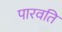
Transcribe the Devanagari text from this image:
पारवति